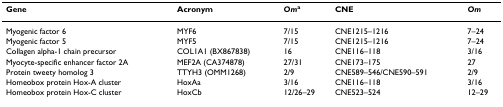
<table><thead><tr><td><b>Gene</b></td><td><b>Acronym</b></td><td><b><i>Om</i><sup>a</sup></b></td><td><b>CNE</b></td><td><b><i>Om</i></b></td></tr></thead><tbody><tr><td>Myogenic factor 6</td><td>MYF6</td><td>7/15</td><td>CNE1215–1216</td><td>7–24</td></tr><tr><td>Myogenic factor 5</td><td>MYF5</td><td>7/15</td><td>CNE1215–1216</td><td>7–24</td></tr><tr><td>Collagen alpha-1 chain precursor</td><td>COL1A1 (BX867838)</td><td>16</td><td>CNE116–118</td><td>3/16</td></tr><tr><td>Myocyte-specific enhancer factor 2A</td><td>MEF2A (CA374878)</td><td>27/31</td><td>CNE173–175</td><td>27</td></tr><tr><td>Protein tweety homolog 3</td><td>TTYH3 (OMM1268)</td><td>2/9</td><td>CNE589–546/CNE590–591</td><td>2/9</td></tr><tr><td>Homeobox protein Hox-A cluster</td><td>HoxAa</td><td>3/16</td><td>CNE116–118</td><td>3/16</td></tr><tr><td>Homeobox protein Hox-C cluster</td><td>HoxCb</td><td>12/26–29</td><td>CNE523–524</td><td>12–29</td></tr></tbody></table>